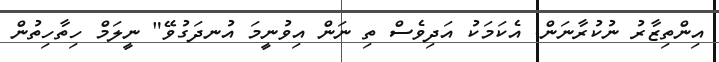
އިންތިޒާރު ނުކުރާނަން. އެކަމަކު އަދިވެސް ތި ނަން އިވުނީމަ އުނދަގުވޭ" ނީލަމް ހިތާހިތުން